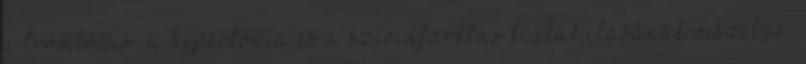
a trombózis, a hipertónia és a szívinfarktus kialakulásának veszélye.